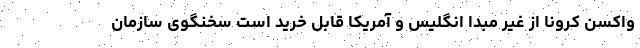
واکسن کرونا از غیر مبدا انگلیس و آمریکا قابل خرید است سخنگوی سازمان